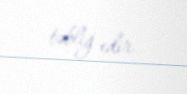
təbliğ edir.